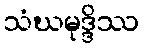
သံဃမုဒ္ဒိဿ